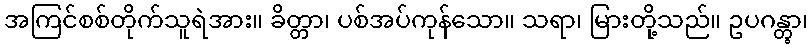
အကြင်စစ်တိုက်သူရဲအား။ ခိတ္တာ၊ ပစ်အပ်ကုန်သော။ သရာ၊ မြားတို့သည်။ ဥပဂန္တွာ၊